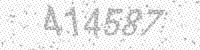
Solution: 414587